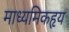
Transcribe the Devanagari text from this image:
माध्यमिकहृय